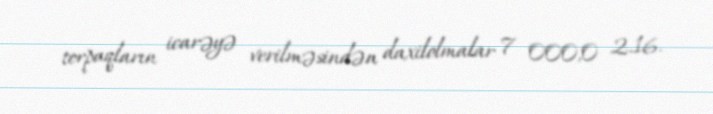
torpaqların icarəyə verilməsindən daxilolmalar 7 000,0 2.16.